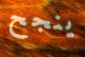
ينجح